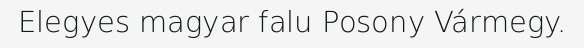
Elegyes magyar falu Posony Vármegy.